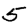
Digit: 5